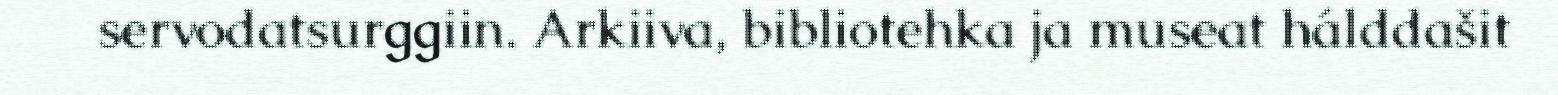
servodatsurggiin. Arkiiva, bibliotehka ja museat hálddašit